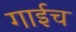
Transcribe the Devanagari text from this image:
गाईच